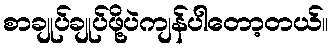
စာချုပ်ချုပ်ဖို့ပဲကျန်ပါတော့တယ်။